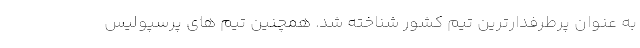
به عنوان پرطرفدارترین تیم کشور شناخته شد. همچنین تیم های پرسپولیس